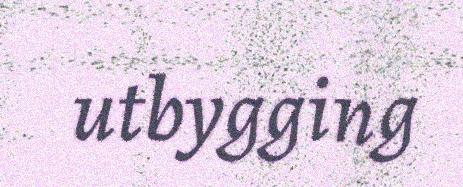
utbygging